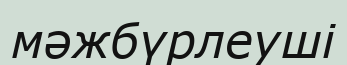
мәжбүрлеуші